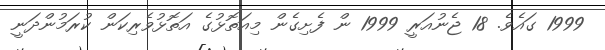
1999 ގައެވެ. 18 ޖެނުއަރީ 1999 ން ފެށިގެން މިއަތޮޅުގެ އަތޮޅުވެރިކަން ކުރަމުންދަނީ